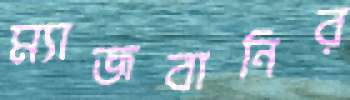
ম্যাজবানির